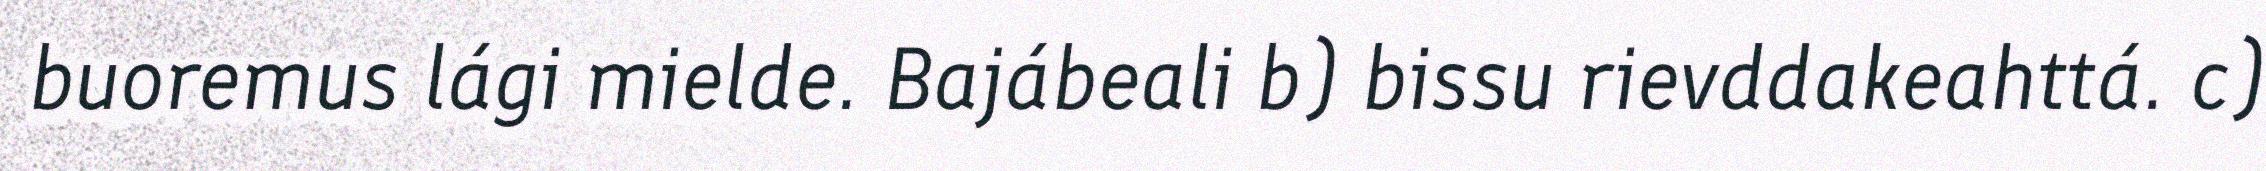
buoremus lági mielde. Bajábeali b) bissu rievddakeahttá. c)